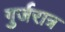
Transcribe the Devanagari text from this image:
गुर्जरात्र